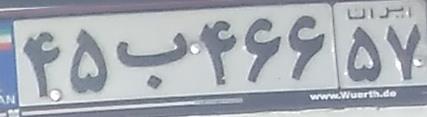
۴۵ب۴۶۶۵۷